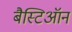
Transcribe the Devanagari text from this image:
बैस्टिऑन